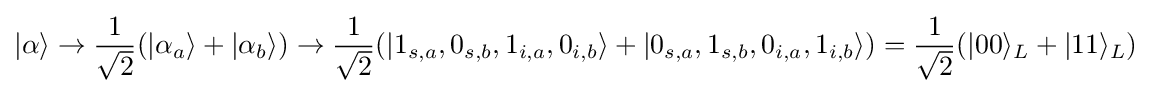
|\alpha \rangle \rightarrow {\frac {1}{\sqrt {2}}}(|\alpha _{a}\rangle +|\alpha _{b}\rangle )\rightarrow {\frac {1}{\sqrt {2}}}(|1_{s,a},0_{s,b},1_{i,a},0_{i,b}\rangle +|0_{s,a},1_{s,b},0_{i,a},1_{i,b}\rangle )={\frac {1}{\sqrt {2}}}(|00\rangle _{L}+|11\rangle _{L})